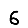
Digit: 6